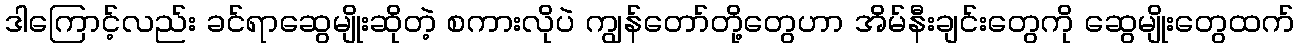
ဒါကြောင့်လည်း ခင်ရာဆွေမျိုးဆိုတဲ့ စကားလိုပဲ ကျွန်တော်တို့တွေဟာ အိမ်နီးချင်းတွေကို ဆွေမျိုးတွေထက်